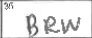
Transcription: BRW